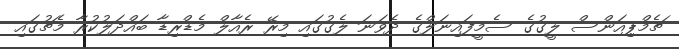
ޗެމްޕިއަންސް ލީގުގެ ސެމީފައިނަލްގެ ދެވަނަ ލެގުގައި މިރޭ ރެއާލް މެޑްރިޑާ ބައްދަލުކުރާ މެޗުގައި